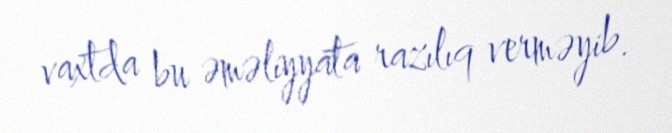
vaxtda bu əməliyyata razılıq verməyib.